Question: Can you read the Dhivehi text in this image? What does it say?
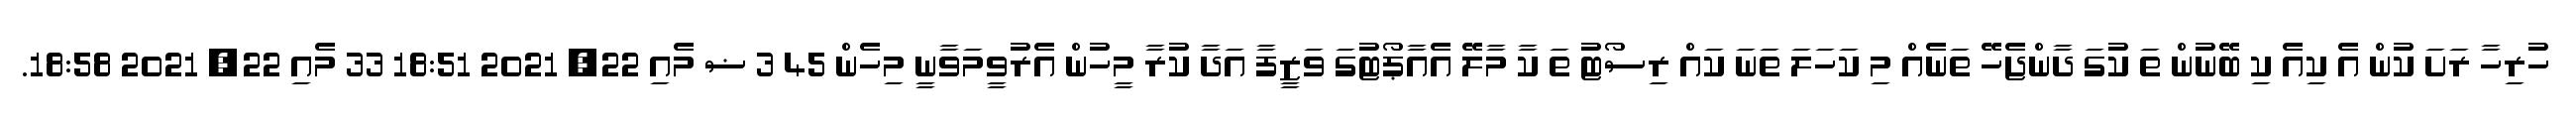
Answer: ހުރިހާ ރަށަ ކުން އެ ކިއެ ކި ބޭނުން ތަ ކުގަ ދާންޖެހޭ ތަނެއް މި ކަހަލަ ތަނަ ކައް ރިސޯޓު ތަ ކާ މާލޭ އެއާޕޯޓުގަ ވަޒީފާ އަދާ ކުރާ މީހުން އެރުވީމަވާނީ މިހެން 45 3 ޟ މެއި 22, 2021 18:51 33 މެއި 22, 2021 18:58.